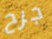
جرح